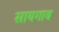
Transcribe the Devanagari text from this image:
सायगाव